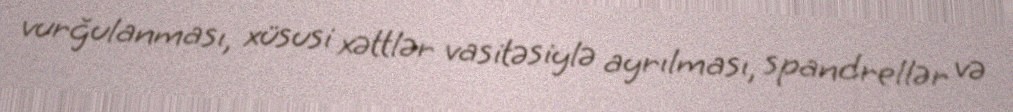
vurğulanması, xüsusi xəttlər vasitəsiylə ayrılması, spandrellər və